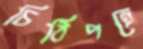
চিঠিপত্রে